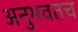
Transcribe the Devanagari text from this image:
अनुभवतच